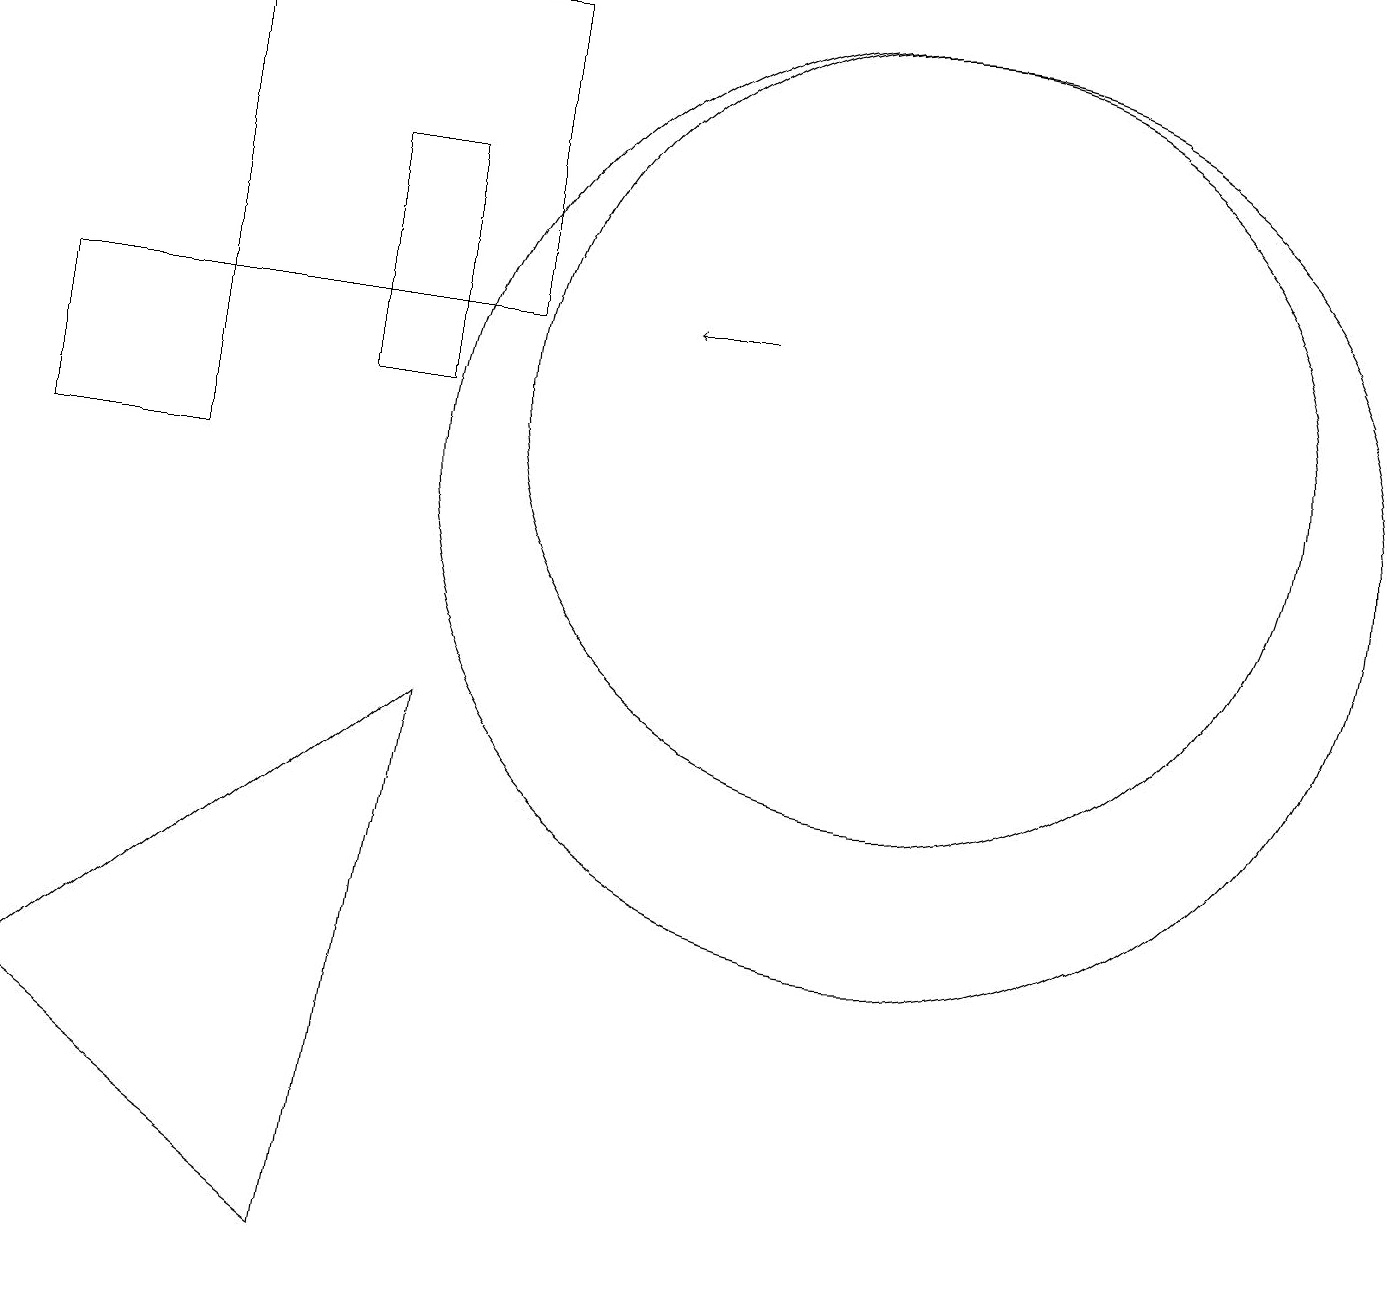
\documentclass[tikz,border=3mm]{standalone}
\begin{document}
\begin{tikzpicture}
\draw (6,16) rectangle (2,12);
\draw (4,11) rectangle (5,14);
\draw (11,10) circle (6);
\draw[->] (9,12) -- (8,12);
\draw (2,12) rectangle (0,10);
\draw (4,0) -- (0,3) -- (5,7) -- cycle;
\draw (11,11) circle (5);
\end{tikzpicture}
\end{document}